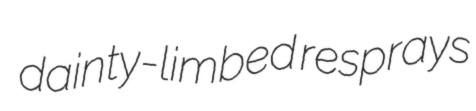
dainty-limbed resprays